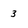
Character: 3